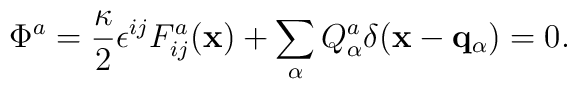
\Phi^a = {\kappa \over 2}\epsilon^{ij} F^a_{ij} ({\bf x}) +\sum_\alpha Q^a_\alpha \delta({\bf x}- {\bf q}_\alpha) =0.